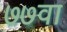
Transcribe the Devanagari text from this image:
७७वा